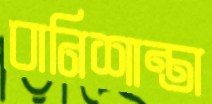
বানিশান্তা